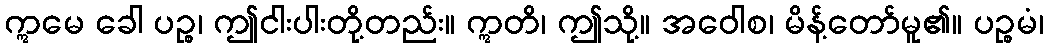
ဣမေ ခေါ ပဉ္စ၊ ဤငါးပါးတို့တည်း။ ဣတိ၊ ဤသို့။ အဝေါစ၊ မိန့်တော်မူ၏။ ပဉ္စမံ၊